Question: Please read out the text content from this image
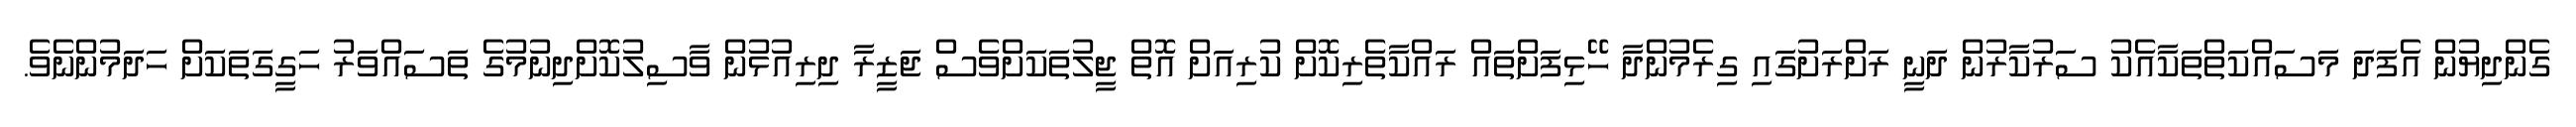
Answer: ގެންދިޔުން އެފަދަ މަސައްކަތްތަކާއެކު ސަރުކާރުން ދަނީ ރަށްރަށުގައި ގިރެމުންދާ ހޭޅިފަށްތައް ރައްކާތެރިކޮށް ކުރިއަށް އޮތް ޖީލުތަކަށްވެސް ޖަޒީރާ ދިރިއުޅުން ވާސިލުކޮށްދިނުމުގެ ތަސައްވަރު ހަގީގަތަކަށް ހަދަމުންނެވެ.